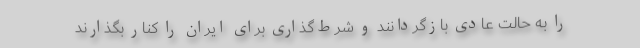
را به حالت عادی بازگردانند و شرط‌گذاری برای ایران را کنار بگذارند